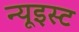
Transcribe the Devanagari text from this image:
न्यूइस्ट